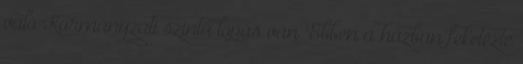
való Kormányzati szintű lopás van "Ebben a házban feketézte